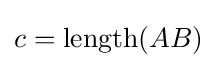
c=\operatorname {length} (AB)